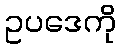
ဥပဒေကို